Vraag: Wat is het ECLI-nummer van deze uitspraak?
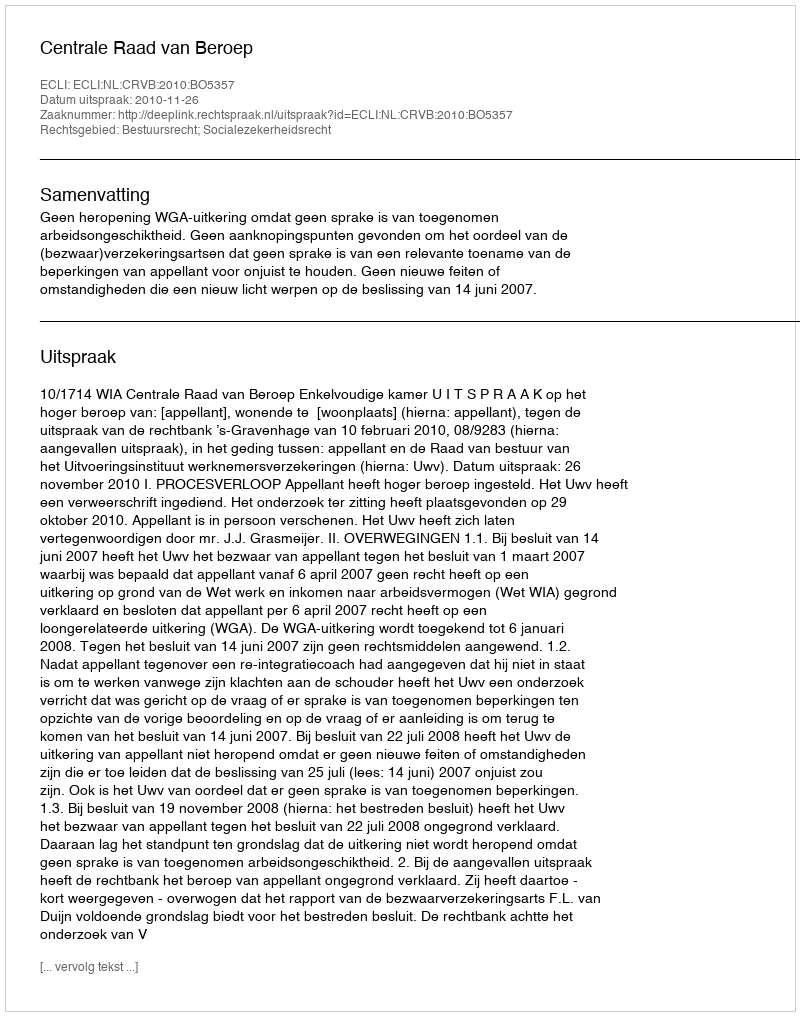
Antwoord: ECLI:NL:CRVB:2010:BO5357